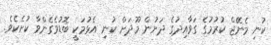
ކުނި މެނޭޖް ކުރުމުގެ ގަވާއިދުގެ ދަށުން މޫދަށް ކުނި އެޅުމަކީ ބޮޑުވެގެންވާ ކުށެކެވެ.